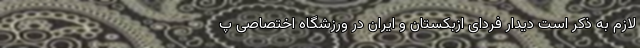
لازم به ذکر است دیدار فردای ازبکستان و ایران در ورزشگاه اختصاصی پ